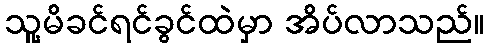
သူ့မိခင်ရင်ခွင်ထဲမှာ အိပ်လာသည်။